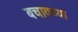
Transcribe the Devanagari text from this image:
बचावच्या